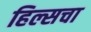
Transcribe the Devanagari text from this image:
हिल्सचा